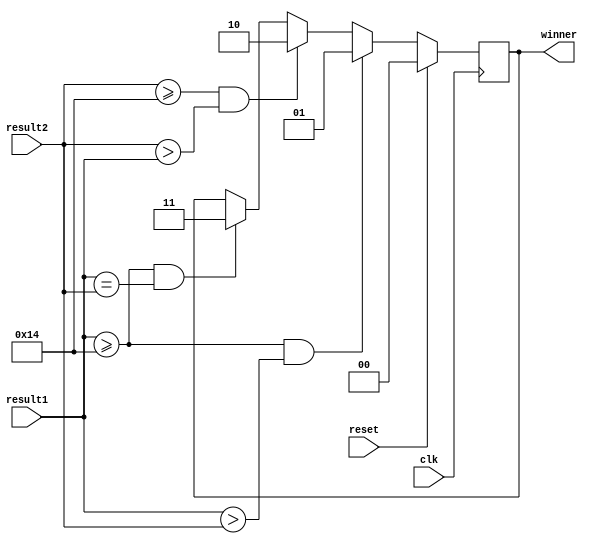
`timescale 1ns / 1ps

module winner(
    input clk,
    input reset,
    input [4:0] result1,
    input [4:0] result2,
    output reg [1:0] winner
    );
    
    always@(posedge clk)
    begin
        if(reset)begin
            
            winner <= 0;
            
        end else begin
        
            if ((result1 >= 20) && (result1 > result2))begin
                winner <= 1;
            end else if ((result2 >= 20) && (result2 > result1))begin
                winner <= 2;
            end else if ((result1 >= 20) && (result1 == result2) )begin
                winner <= 3;
            end
            
        end
    end 
endmodule